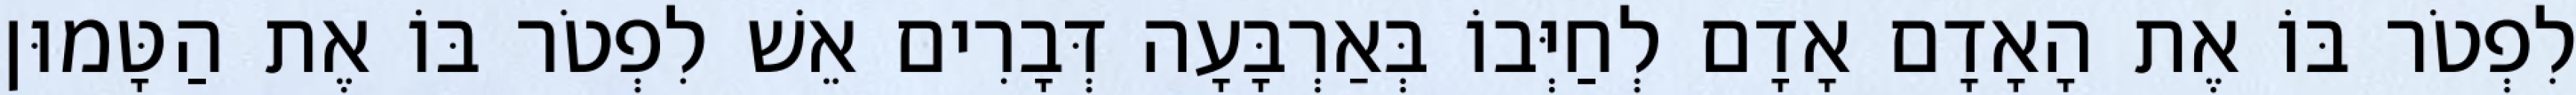
לִפְטֹר בּוֹ אֶת הָאָדָם אָדָם לְחַיְּבוֹ בְּאַרְבָּעָה דְּבָרִים אֵשׁ לִפְטֹר בּוֹ אֶת הַטָּמוּן